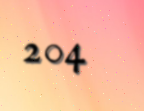
204